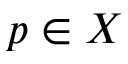
p \in X